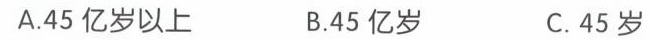
A.45亿岁以上 B.45亿岁 C.45岁